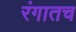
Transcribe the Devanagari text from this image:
रंगातच